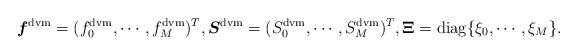
LaTeX: \begin{align*}\boldsymbol{f}^{\mathrm{dvm}} = (f^{\mathrm{dvm}}_0, \cdots, f^{\mathrm{dvm}}_M)^T, \boldsymbol{S}^{\mathrm{dvm}} = (S^{\mathrm{dvm}}_0, \cdots, S^{\mathrm{dvm}}_M)^T, {\bf \Xi} = \mathrm{diag} \{ \xi_0, \cdots, \xi_M \}.\end{align*}